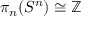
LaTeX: \pi _ { n } ( S ^ { n } ) \cong \mathbb { Z }